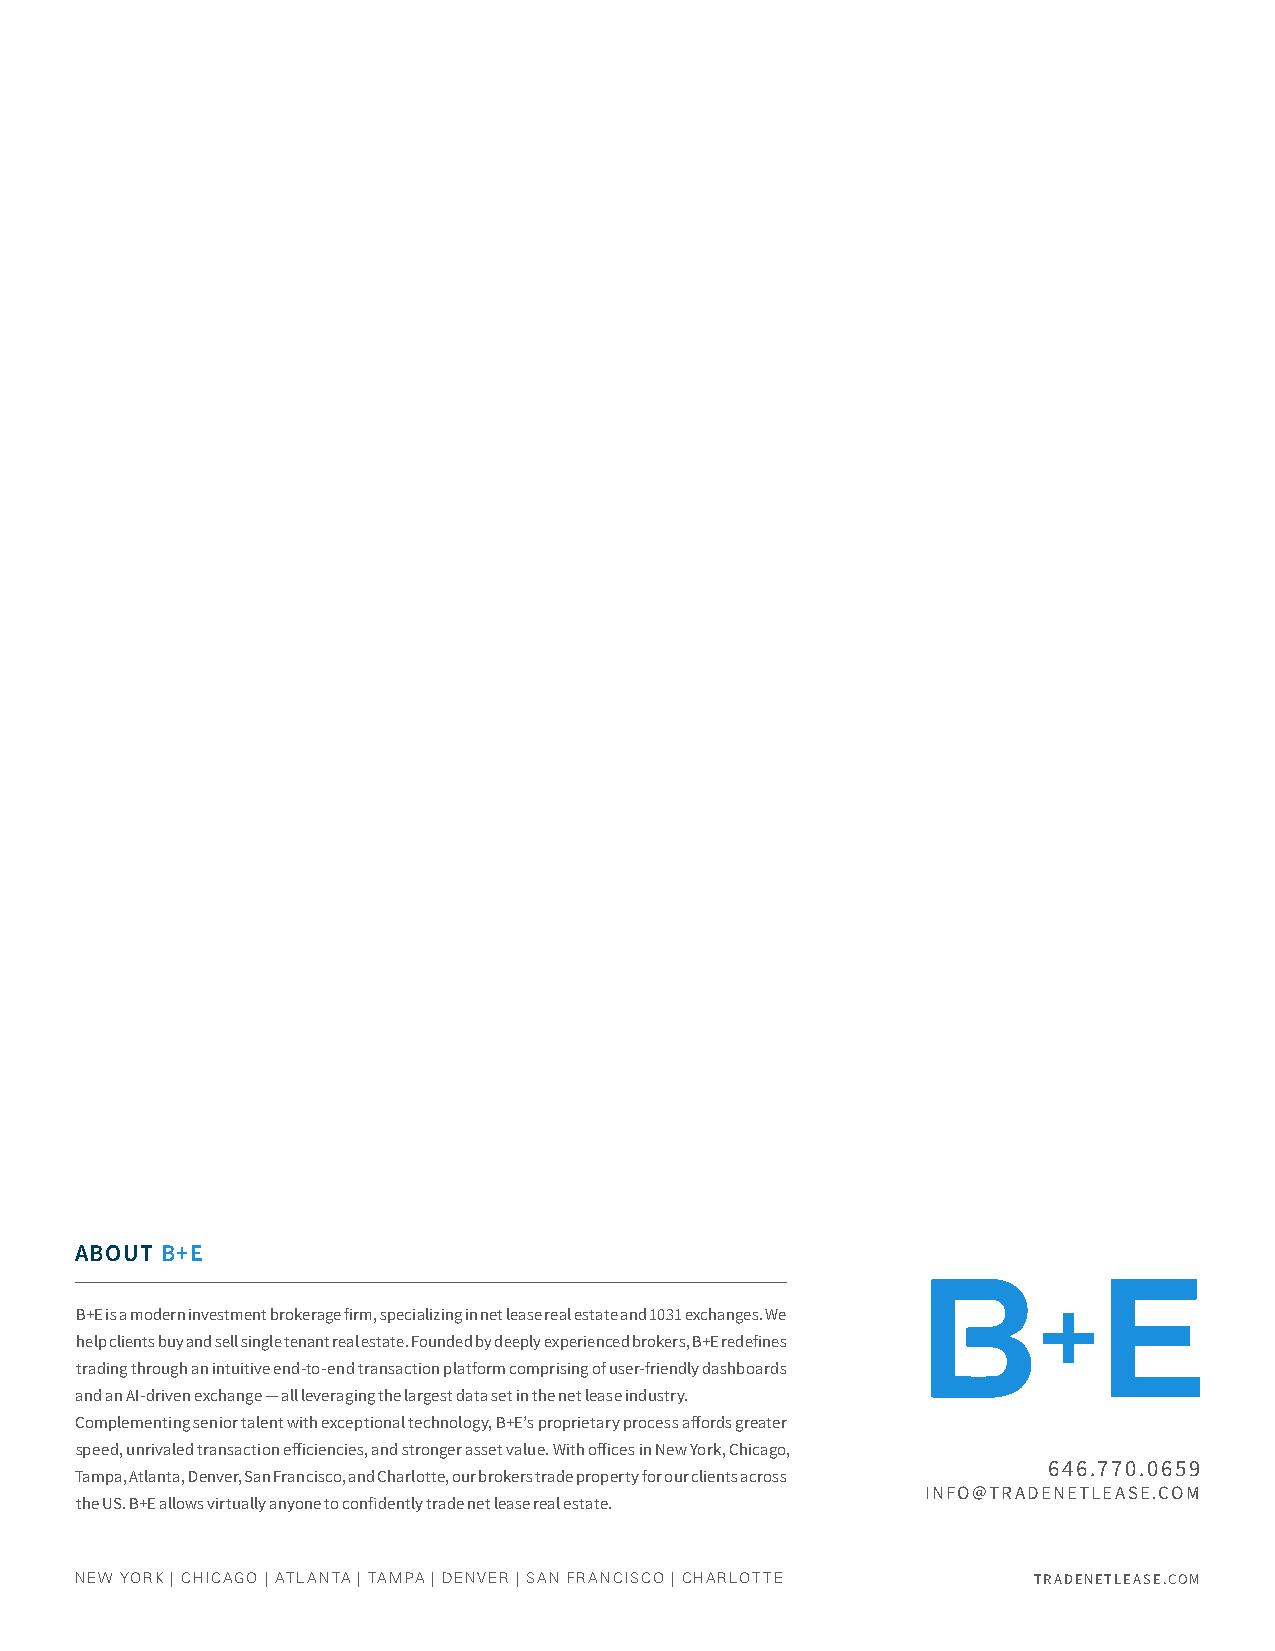
ABOUT B+E
 B+E is a modern investment brokerage firm, specializing in net lease real estate and 1031 exchanges. We
 help clients buy and sell single tenant real estate. Founded by deeply experienced brokers, B+E redefines
 trading through an intuitive end-to-end transaction platform comprising of user-friendly dashboards
 and an AI-driven exchange — all leveraging the largest data set in the net lease industry.
 Complementing senior talent with exceptional technology, B+E’s proprietary process affords greater
 speed, unrivaled transaction efficiencies, and stronger asset value. With offices in New York, Chicago,
 646.770.0659
 Tampa, Atlanta, Denver, San Francisco, and Charlotte, our brokers trade property for our clients across
 INFO@TRADENETLEASE.COM
 the US. B+E allows virtually anyone to confidently trade net lease real estate.
 NEW YORK | CHICAGO | ATLANTA | TAMPA | DENVER | SAN FRANCISCO | CHARLOTTE TRADENETLEASE.COM